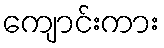
ကျောင်းကား